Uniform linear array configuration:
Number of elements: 16
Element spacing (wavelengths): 1
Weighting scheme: binomial
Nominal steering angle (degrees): -60
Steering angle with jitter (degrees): -58.289
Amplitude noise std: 0.05
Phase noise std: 0.05

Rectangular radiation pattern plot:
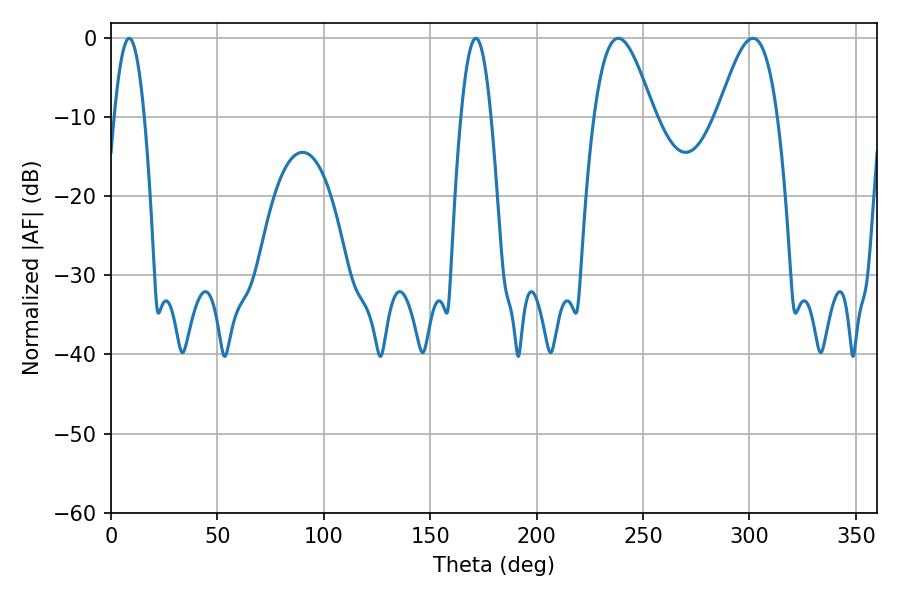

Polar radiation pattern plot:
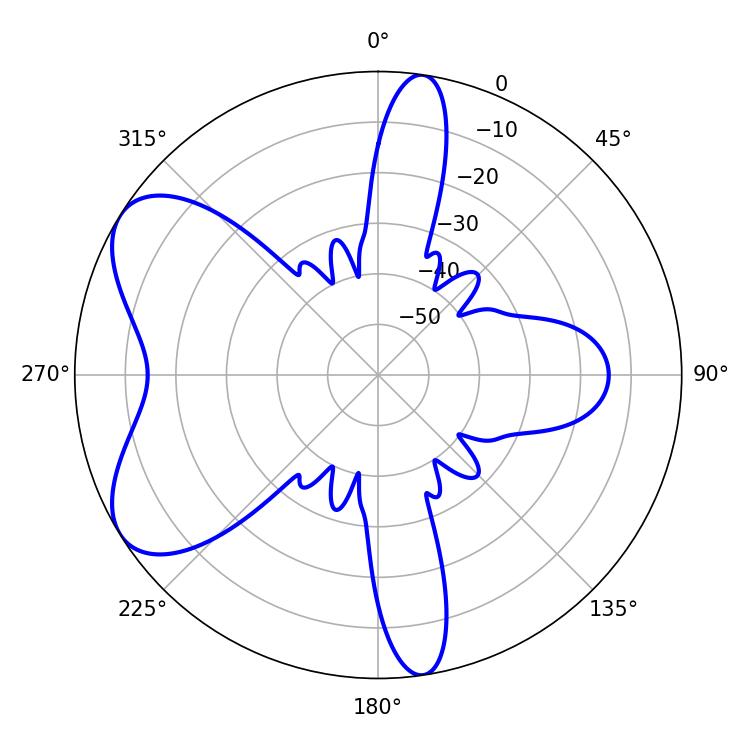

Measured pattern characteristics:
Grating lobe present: TRUE
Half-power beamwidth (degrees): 15.12
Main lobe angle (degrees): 238.32